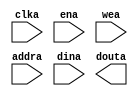
module virtex6_dmem(
	clka,
	ena,
	wea,
	addra,
	dina,
	douta);


input clka;
input ena;
input [1 : 0] wea;
input [9 : 0] addra;
input [15 : 0] dina;
output [15 : 0] douta;

// synthesis translate_off

      BLK_MEM_GEN_V3_3 #(
		.C_ADDRA_WIDTH(10),
		.C_ADDRB_WIDTH(10),
		.C_ALGORITHM(1),
		.C_BYTE_SIZE(8),
		.C_COMMON_CLK(0),
		.C_DEFAULT_DATA("0"),
		.C_DISABLE_WARN_BHV_COLL(0),
		.C_DISABLE_WARN_BHV_RANGE(0),
		.C_FAMILY("virtex6"),
		.C_HAS_ENA(1),
		.C_HAS_ENB(0),
		.C_HAS_INJECTERR(0),
		.C_HAS_MEM_OUTPUT_REGS_A(0),
		.C_HAS_MEM_OUTPUT_REGS_B(0),
		.C_HAS_MUX_OUTPUT_REGS_A(0),
		.C_HAS_MUX_OUTPUT_REGS_B(0),
		.C_HAS_REGCEA(0),
		.C_HAS_REGCEB(0),
		.C_HAS_RSTA(0),
		.C_HAS_RSTB(0),
		.C_INITA_VAL("0"),
		.C_INITB_VAL("0"),
		.C_INIT_FILE_NAME("no_coe_file_loaded"),
		.C_LOAD_INIT_FILE(0),
		.C_MEM_TYPE(0),
		.C_MUX_PIPELINE_STAGES(0),
		.C_PRIM_TYPE(1),
		.C_READ_DEPTH_A(1024),
		.C_READ_DEPTH_B(1024),
		.C_READ_WIDTH_A(16),
		.C_READ_WIDTH_B(16),
		.C_RSTRAM_A(0),
		.C_RSTRAM_B(0),
		.C_RST_PRIORITY_A("CE"),
		.C_RST_PRIORITY_B("CE"),
		.C_RST_TYPE("SYNC"),
		.C_SIM_COLLISION_CHECK("ALL"),
		.C_USE_BYTE_WEA(1),
		.C_USE_BYTE_WEB(1),
		.C_USE_DEFAULT_DATA(0),
		.C_USE_ECC(0),
		.C_WEA_WIDTH(2),
		.C_WEB_WIDTH(2),
		.C_WRITE_DEPTH_A(1024),
		.C_WRITE_DEPTH_B(1024),
		.C_WRITE_MODE_A("WRITE_FIRST"),
		.C_WRITE_MODE_B("WRITE_FIRST"),
		.C_WRITE_WIDTH_A(16),
		.C_WRITE_WIDTH_B(16),
		.C_XDEVICEFAMILY("virtex6"))
	inst (
		.CLKA(clka),
		.ENA(ena),
		.WEA(wea),
		.ADDRA(addra),
		.DINA(dina),
		.DOUTA(douta),
		.RSTA(),
		.REGCEA(),
		.CLKB(),
		.RSTB(),
		.ENB(),
		.REGCEB(),
		.WEB(),
		.ADDRB(),
		.DINB(),
		.DOUTB(),
		.INJECTSBITERR(),
		.INJECTDBITERR(),
		.SBITERR(),
		.DBITERR(),
		.RDADDRECC());


// synthesis translate_on

// XST black box declaration
// box_type "black_box"
// synthesis attribute box_type of virtex6_dmem is "black_box"

endmodule